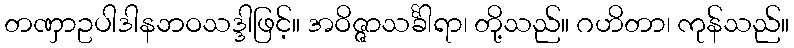
တဏှာဥပါဒါနဘဝသဒ္ဒါဖြင့်။ အဝိဇ္ဇာသင်္ခါရာ၊ တို့သည်။ ဂဟိတာ၊ ကုန်သည်။